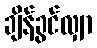
ချိန်ခွင်လျှာ